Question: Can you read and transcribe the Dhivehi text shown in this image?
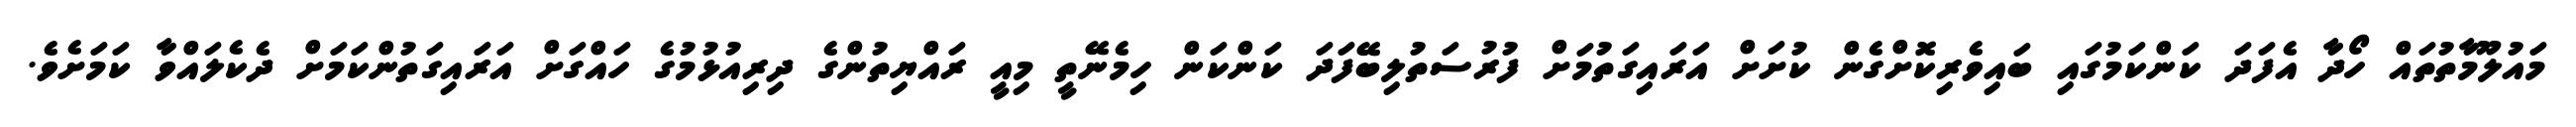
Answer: މައުލޫމާތުތައް ހޯދާ އެފަދަ ކަންކަމުގައި ބައިވެރިކޮށްގެން ކުށަށް އަރައިގަތުމަށް ފުރުސަތުލިބޭފަދަ ކަންކަން ހިމެނޭތީ މިއީ ރައްޔިތުންގެ ދިރިއުޅުމުގެ ހައްގަށް އަރައިގަތުންކަމަށް ދެކެލައްވާ ކަމަށެވެ.